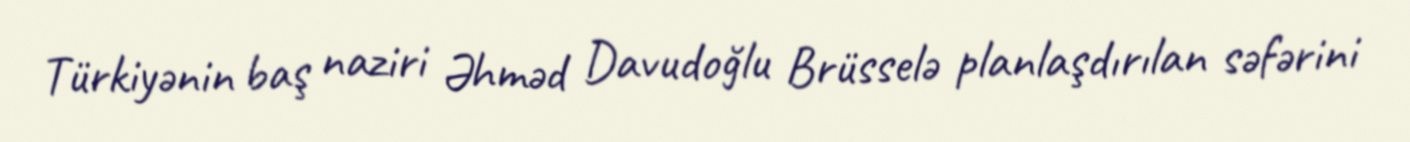
Türkiyənin baş naziri Əhməd Davudoğlu Brüsselə planlaşdırılan səfərini